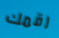
رقمك